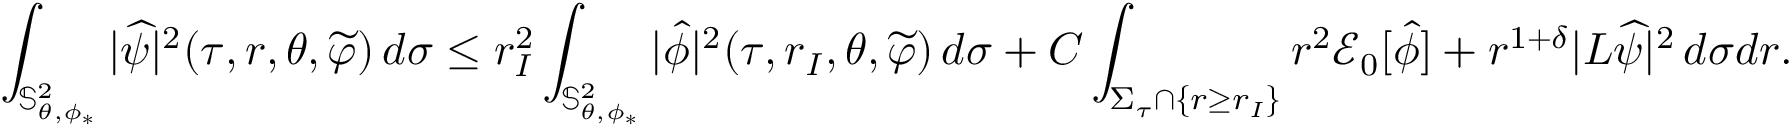
\int _ { \mathbb { S } _ { \theta , \phi _ { * } } ^ { 2 } } | \widehat { \psi } | ^ { 2 } ( \tau , r , \theta , \widetilde { \varphi } ) \, d \sigma \leq r _ { I } ^ { 2 } \int _ { \mathbb { S } _ { \theta , \phi _ { * } } ^ { 2 } } | \widehat { \phi } | ^ { 2 } ( \tau , r _ { I } , \theta , \widetilde { \varphi } ) \, d \sigma + C \int _ { \Sigma _ { \tau } \cap \{ r \geq r _ { I } \} } r ^ { 2 } \mathcal { E } _ { 0 } [ \widehat { \phi } ] + r ^ { 1 + \delta } | L \widehat { \psi } | ^ { 2 } \, d \sigma d r .